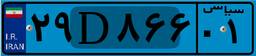
۱۲D۹۵۷۴۰